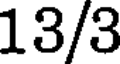
13/3